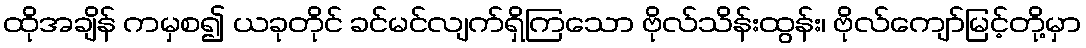
ထိုအချိန် ကမှစ၍ ယခုတိုင် ခင်မင်လျက်ရှိကြသော ဗိုလ်သိန်းထွန်း၊ ဗိုလ်ကျော်မြင့်တို့မှာ